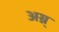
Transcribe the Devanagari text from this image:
अग्न्